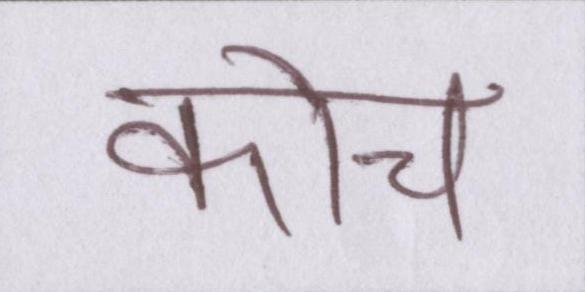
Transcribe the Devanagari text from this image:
कोच